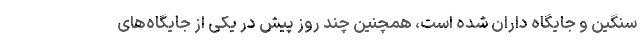
سنگین و جایگاه داران شده است، همچنین چند روز پیش در یکی از جایگاه‌های